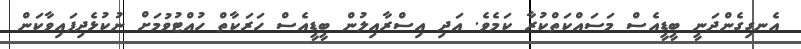
އެނގިގެންދަނީ ބީޑީއެސް މަސައްކަތްކުރާ ކަމެވެ. އަދި އިސްރާއިލުން ބީޑީއެސް ހަރަކާތް ހުއްޓުވުމަށް ނުކުޅެދިފައިވާކަން